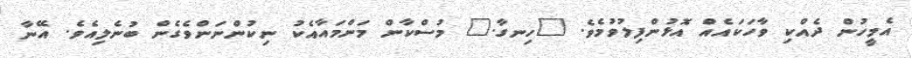
އެމީހުން ދެއްކި ވާހަކައެއް އޮޅުންފިލުވުމެވެ. "ހިނގާ." މުސްކާން މަންމައާއެކު ނިކުންނަންވެގެން ބުނެލިއެވެ. އޭނާ